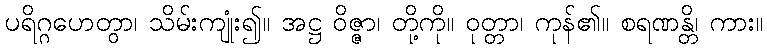
ပရိဂ္ဂဟေတွာ၊ သိမ်းကျုံး၍။ အဋ္ဌ ဝိဇ္ဇာ၊ တို့ကို။ ဝုတ္တာ၊ ကုန်၏။ စရဏန္တိ၊ ကား။